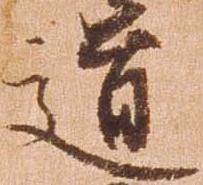
道